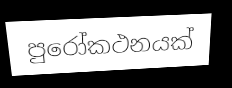
පුරෝකථනයක්